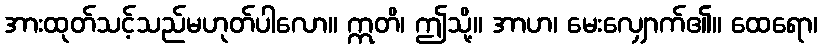
အားထုတ်သင့်သည်မဟုတ်ပါလော။ ဣတိ၊ ဤသို့။ အာဟ၊ မေးလျှောက်၏။ ထေရော၊